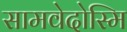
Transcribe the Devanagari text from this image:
सामवेदोस्मि